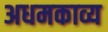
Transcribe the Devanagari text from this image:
अधमकाव्य